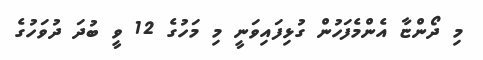
މި ދޯންޏާ އެންމެފަހުން ގުޅިފައިވަނީ މި މަހުގެ 12 ވީ ބުދަ ދުވަހުގެ